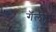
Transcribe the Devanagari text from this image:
गॅलीझ